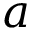
a